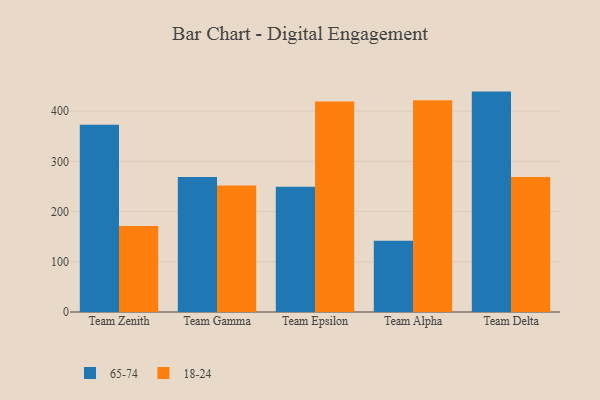
{"axis": {"x": "Team", "y": "Gross Profit (USD K)"}, "legend": ["18-24", "65-74"], "data": [{"x": "Team Zenith", "y": 373.1, "type": "65-74"}, {"x": "Team Zenith", "y": 171.4, "type": "18-24"}, {"x": "Team Gamma", "y": 268.9, "type": "65-74"}, {"x": "Team Gamma", "y": 252.1, "type": "18-24"}, {"x": "Team Epsilon", "y": 249.3, "type": "65-74"}, {"x": "Team Epsilon", "y": 419.2, "type": "18-24"}, {"x": "Team Alpha", "y": 141.9, "type": "65-74"}, {"x": "Team Alpha", "y": 421.9, "type": "18-24"}, {"x": "Team Delta", "y": 438.9, "type": "65-74"}, {"x": "Team Delta", "y": 268.7, "type": "18-24"}]}